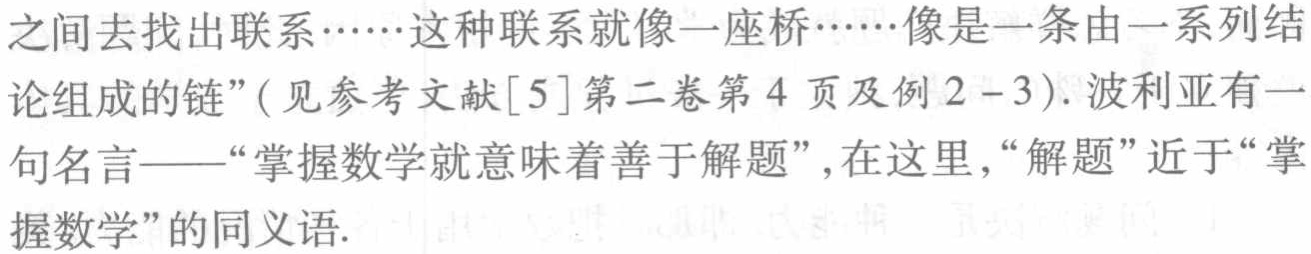
之间去找出联系……这种联系就像一座桥……像是一条由一系列结

论组成的链”(见参考文献[5]第二卷第4页及例2 - 3). 波利亚有一

句名言——“掌握数学就意味着善于解题”, 在这里, “解题”近于“掌

握数学”的同义语.